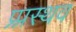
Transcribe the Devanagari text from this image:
प्र्प्रस्थव